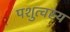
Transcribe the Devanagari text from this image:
पशुत्वस्य